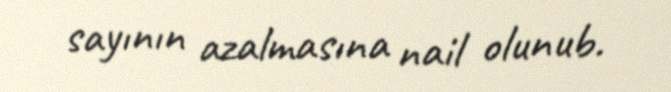
sayının azalmasına nail olunub.